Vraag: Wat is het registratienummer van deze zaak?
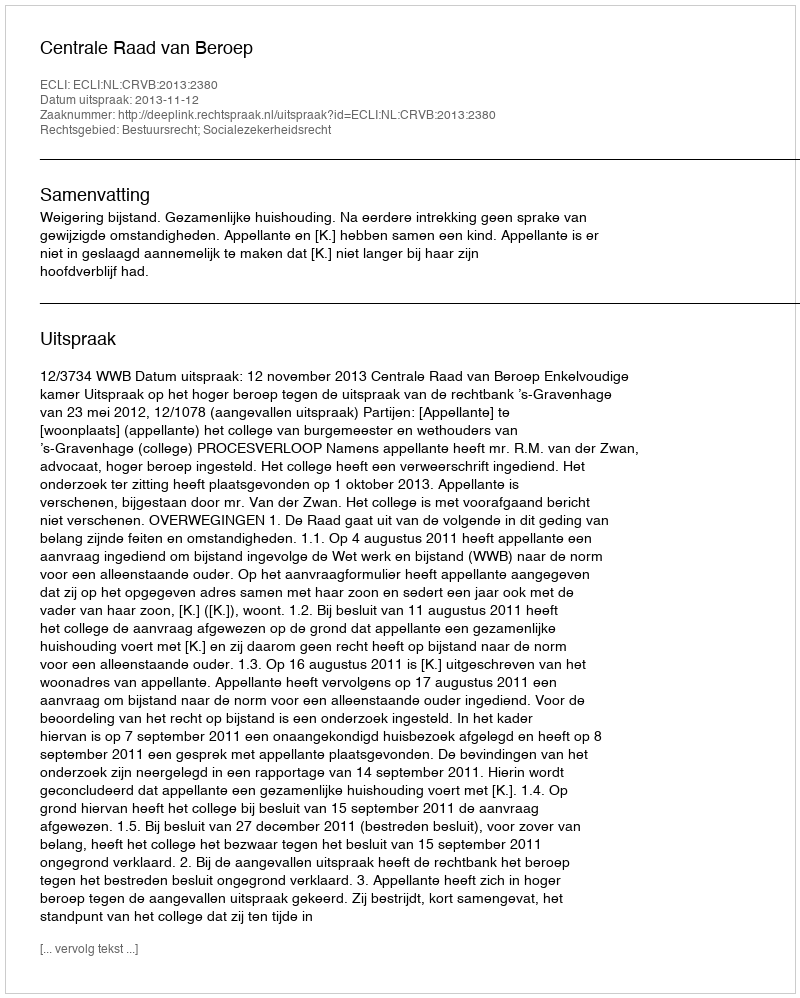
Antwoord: http://deeplink.rechtspraak.nl/uitspraak?id=ECLI:NL:CRVB:2013:2380